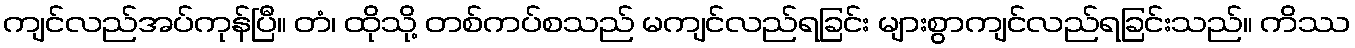
ကျင်လည်အပ်ကုန်ပြီ။ တံ၊ ထိုသို့ တစ်ကပ်စသည် မကျင်လည်ရခြင်း များစွာကျင်လည်ရခြင်းသည်။ ကိဿ